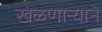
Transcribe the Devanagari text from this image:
खेळणाऱ्याने